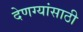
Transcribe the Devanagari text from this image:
देणग्यांसाठी